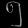
Digit: ၅